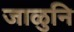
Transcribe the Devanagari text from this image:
जाळुनि